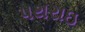
પથરાઇ